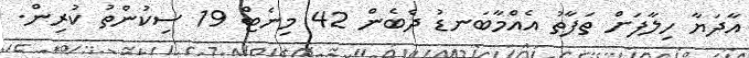
އާދަޔާ ހިލާފަށް ތަފާތު އެއްމާބަނޑު ދެބެން 42 މިނެޓް 19 ސިކުންތު ކުރިން.